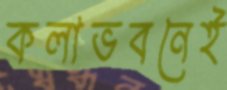
কলাভবনেই